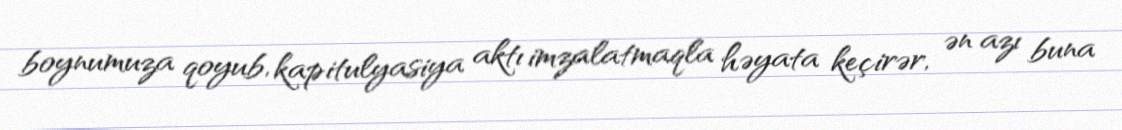
boynumuza qoyub, kapitulyasiya aktı imzalatmaqla həyata keçirər, ən azı buna